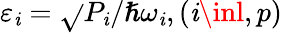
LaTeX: \varepsilon_{\mathit{i}}=\sqrt{}{{P_{\mathit{i}}/\hslash\omega_{\mathit{i}}}},(\mathit{i}\inl,p)